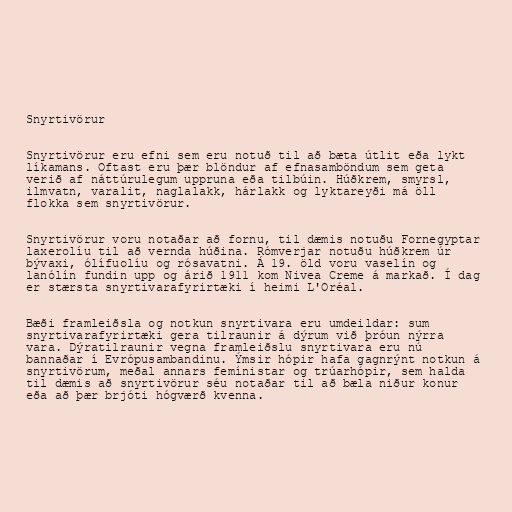
Snyrtivörur

Snyrtivörur eru efni sem eru notuð til að bæta útlit eða lykt
líkamans. Oftast eru þær blöndur af efnasamböndum sem geta
verið af náttúrulegum uppruna eða tilbúin. Húðkrem, smyrsl,
ilmvatn, varalit, naglalakk, hárlakk og lyktareyði má öll
flokka sem snyrtivörur.

Snyrtivörur voru notaðar að fornu, til dæmis notuðu Fornegyptar
laxerolíu til að vernda húðina. Rómverjar notuðu húðkrem úr
bývaxi, ólífuolíu og rósavatni. Á 19. öld voru vaselín og
lanólín fundin upp og árið 1911 kom Nivea Creme á markað. Í dag
er stærsta snyrtivarafyrirtæki í heimi L'Oréal.

Bæði framleiðsla og notkun snyrtivara eru umdeildar: sum
snyrtivarafyrirtæki gera tilraunir á dýrum við þróun nýrra
vara. Dýratilraunir vegna framleiðslu snyrtivara eru nú
bannaðar í Evrópusambandinu. Ýmsir hópir hafa gagnrýnt notkun á
snyrtivörum, meðal annars femínistar og trúarhópir, sem halda
til dæmis að snyrtivörur séu notaðar til að bæla niður konur
eða að þær brjóti hógværð kvenna.